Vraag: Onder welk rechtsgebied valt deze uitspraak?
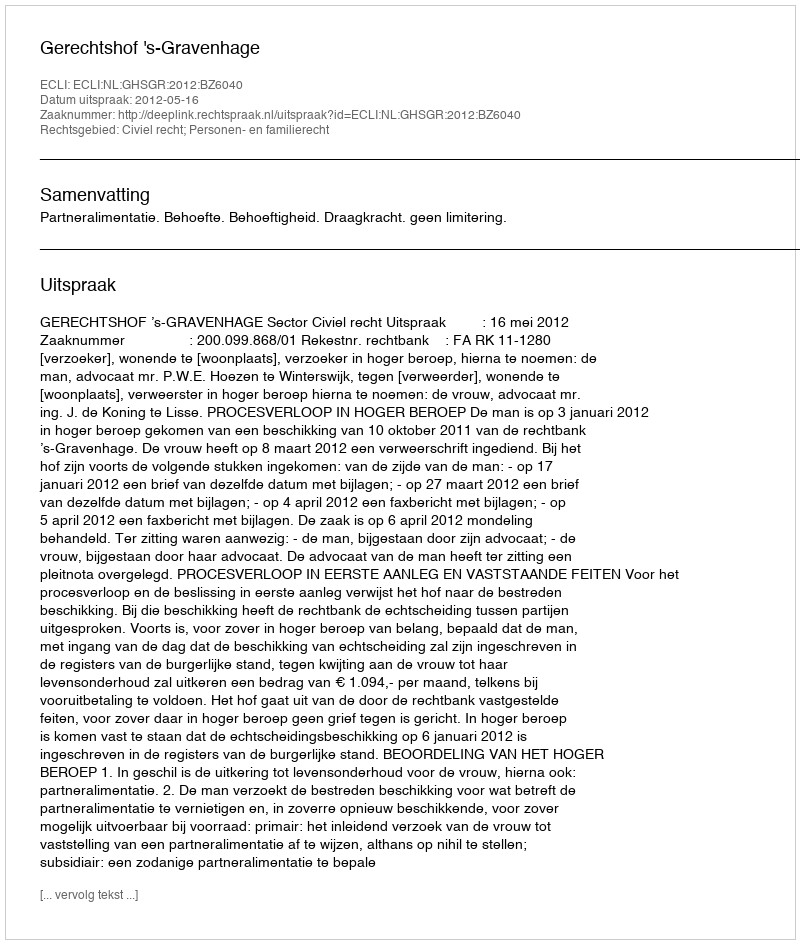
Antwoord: Civiel recht; Personen- en familierecht